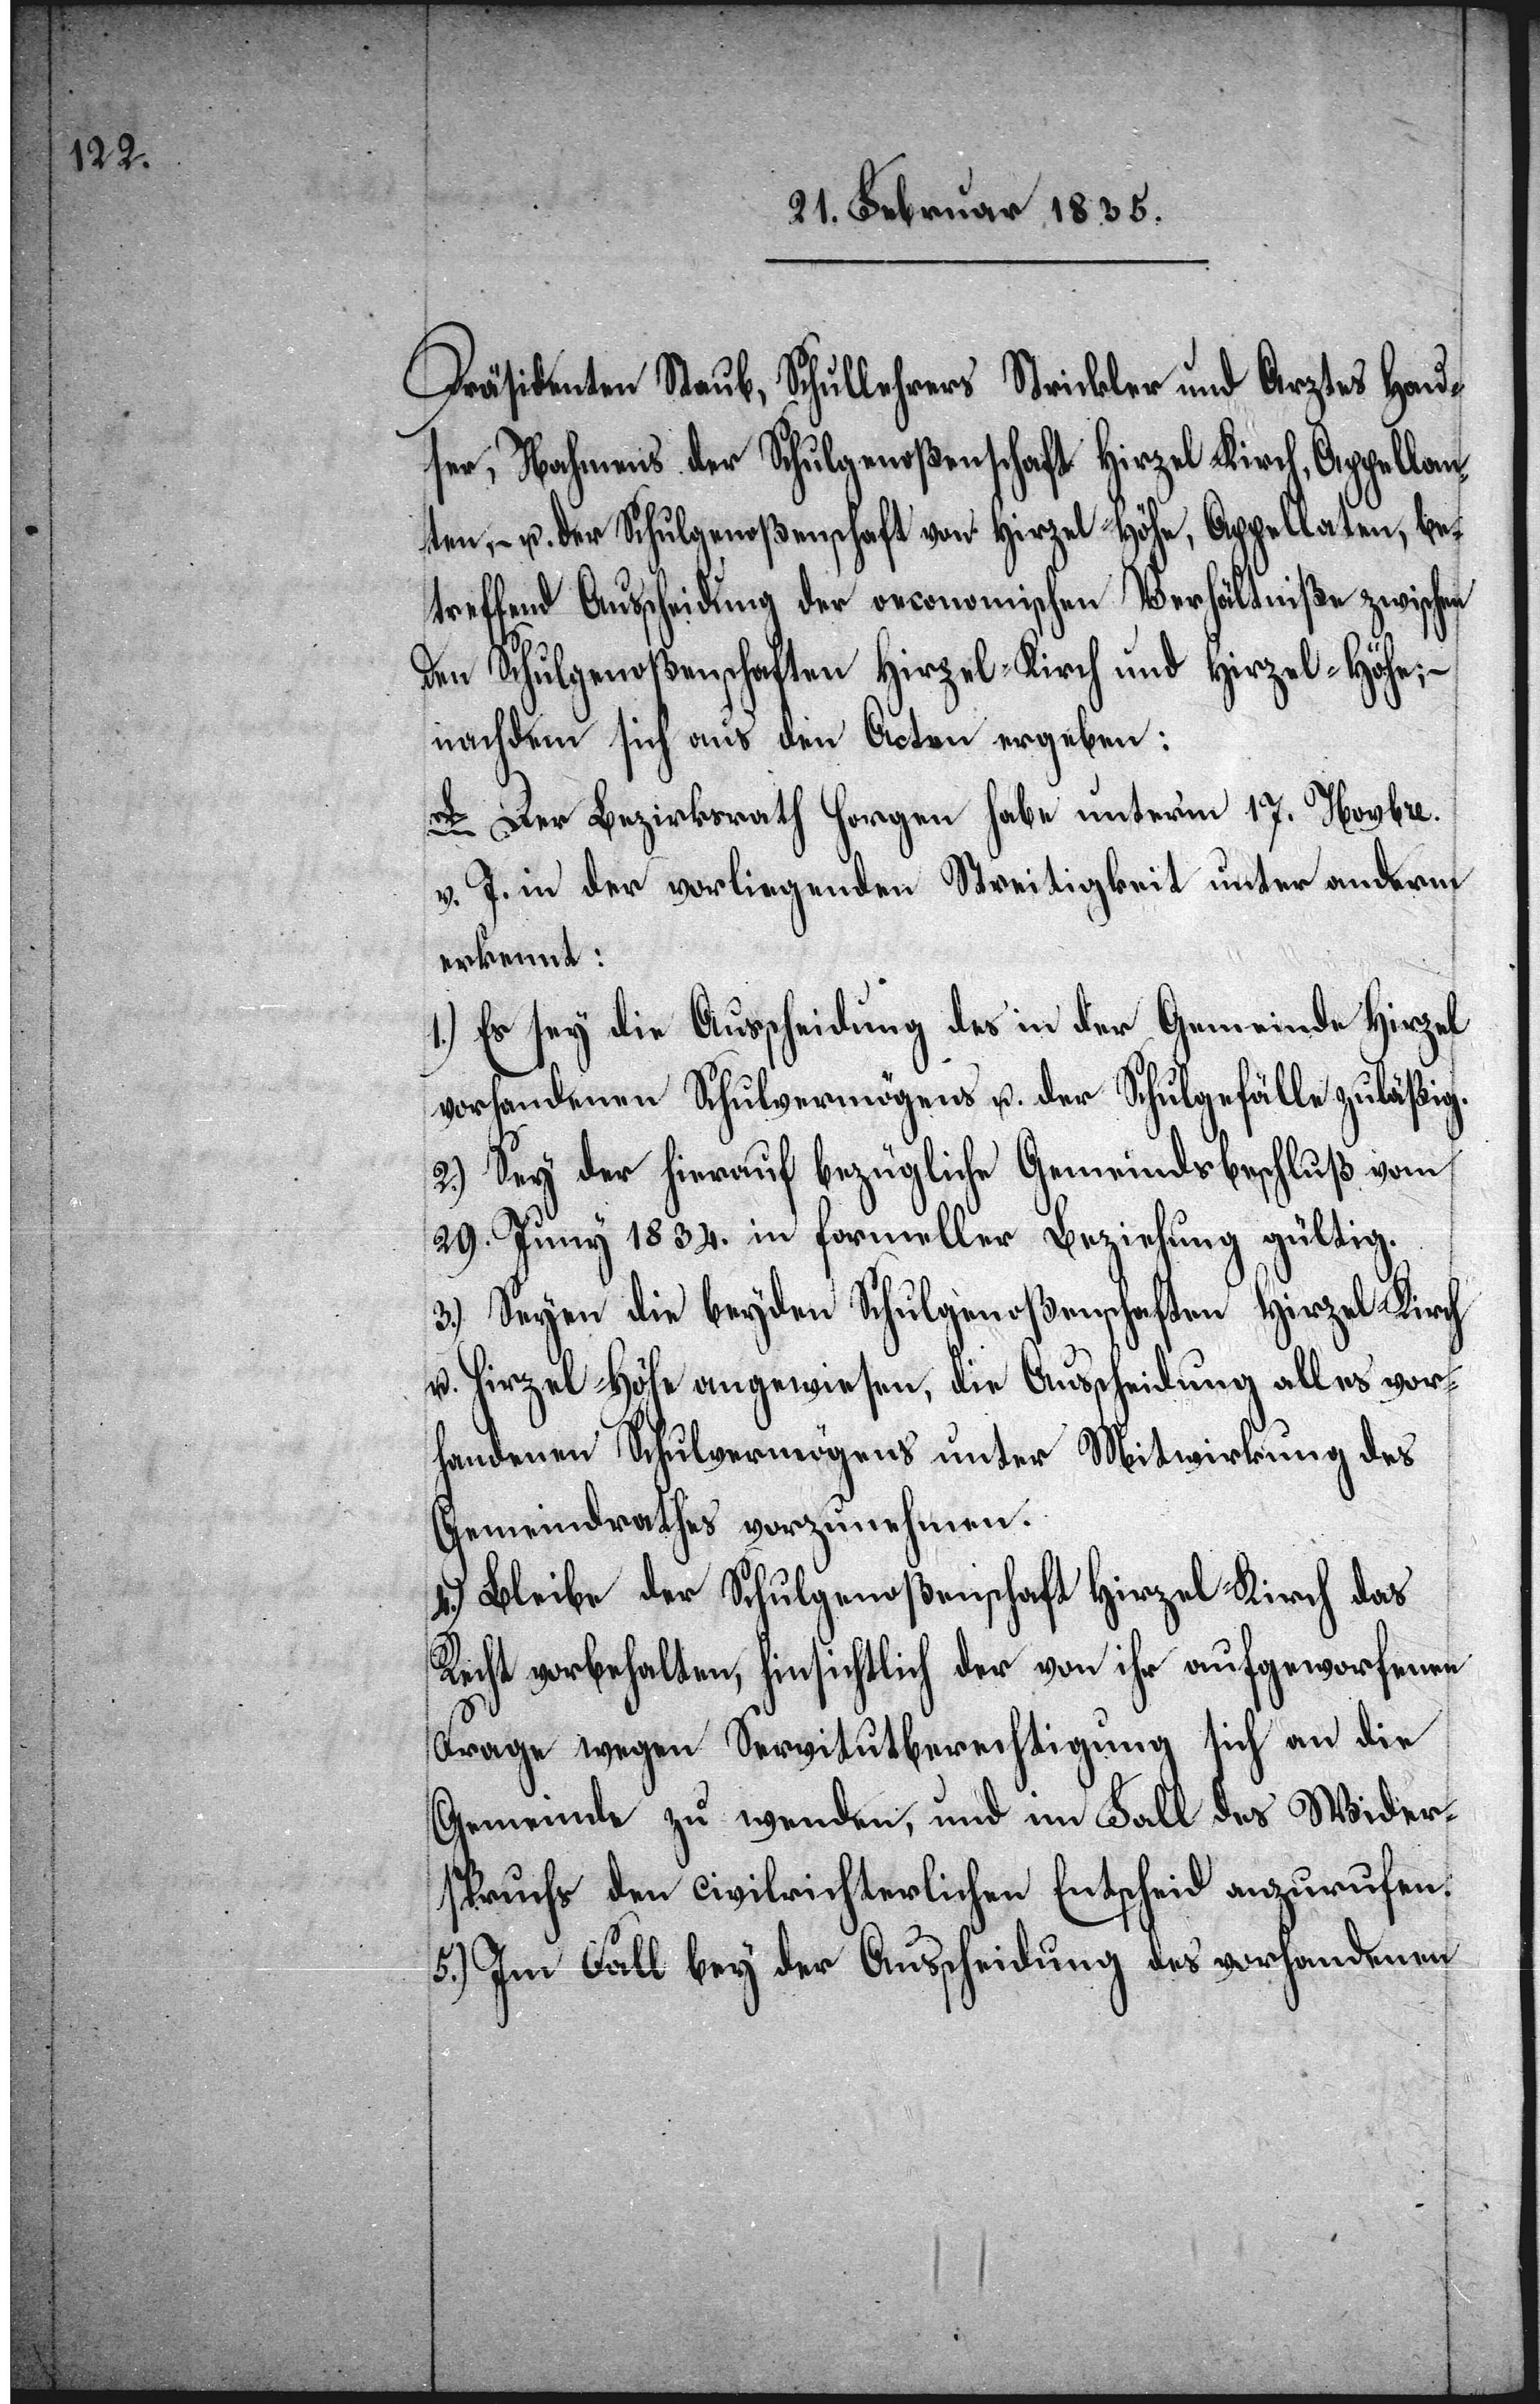
Präsidenten Staub, Schullehrers Strickler und Arztes Hau¬
ser, Nahmens der Schulgenoßenschaft Hirzel-Kirch, Appellan¬
ten, – u. der Schulgenoßenschaft von Hirzel-Höfe, Appellaten, be¬
treffend Ausscheidung der oeconomischen Verhältniße zwischen
den Schulgenoßenschaften Hirzel-Kirch und Hirzel-Höhe; –
nachdem sich aus den Acten ergeben:
A. Der Bezirksrath Horgen habe unterm 17. Novbre.
v. J. in der vorliegenden Streitigkeit unter anderm
erkannt:
1.) Es sey die Ausscheidung des in der Gemeinde Hirzel
vorhandenen Schulvermögens u. der Schulgefälle zuläßig.
2.) Sey der hierauf bezügliche Gemeindsbeschluß vom
29. Juny 1834. in formeller Beziehung gültig.
3.) Seyen die beyden Schulgenoßenschaften Hirzel-Kirch
u. Hirzel-Höhe angewiesen, die Ausscheidung alles vor¬
handenen Schulvermögens unter Mitwirkung des
Gemeindrathes vorzunehmen.
4.) Bleibe der Schulgenoßenschaft Hirzel-Kirch das
Recht vorbehalten, hinsichtlich der von ihr aufgeworfenen
Frage wegen Servitutberechtigung sich an die
Gemeinde zu wenden, und im Fall des Wider¬
spruchs den civilrechtlichen Entscheid anzurufen.
5.) Im Fall bey der Ausscheidung des vorhandenen